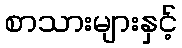
စာသားများနှင့်